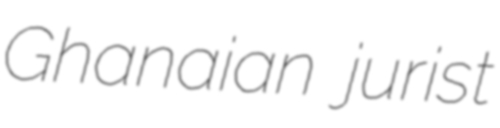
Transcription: Ghanaian jurist